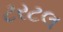
ટરટલ